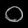
Digit: ၀